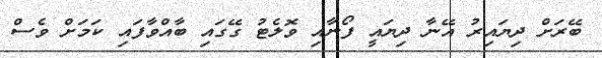
ބޭރަށް ދިޔައިރު އޭނާ ދިޔައީ ފޯނާއި ވޮލެޓު ގޭގައި ބާއްވާފައި ކަމަށް ވެސް